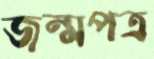
জন্মপত্র